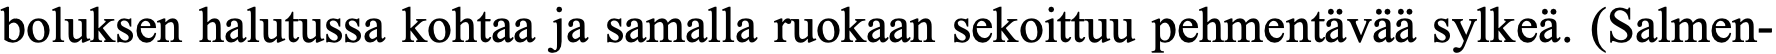
boluksen halutussa kohtaa ja samalla ruokaan sekoittuu pehmentävää sylkeä. (Salmen-